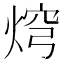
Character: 焪